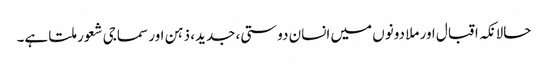
حالانکہ اقبال اور ملا دونوں میں انسان دوستی، جدید، ذہن اور سماجی شعور ملتا ہے۔